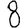
Digit: 8